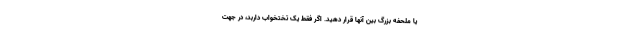
یا ملحفه بزرگ بین آنها قرار دهید. اگر فقط یک تختخواب داربد، در جهت